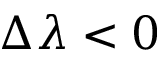
\Delta \lambda < 0